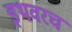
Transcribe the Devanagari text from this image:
इथवरच